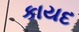
કાયદ